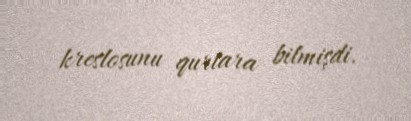
kreslosunu qurtara bilmişdi.